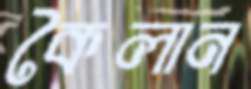
কৈলান